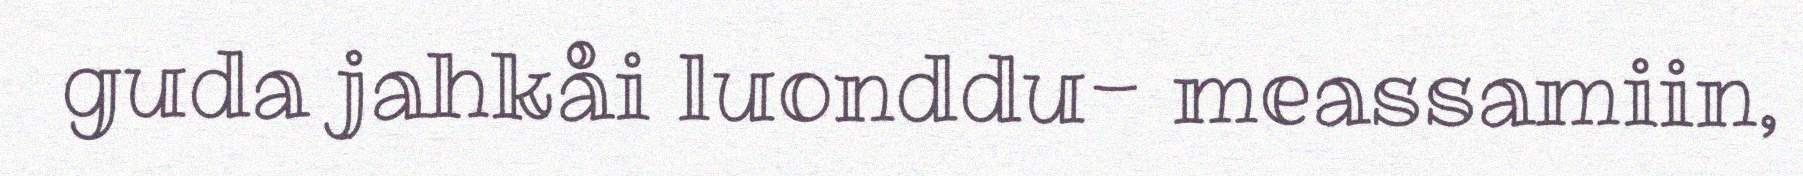
guda jahkåi luonddu- meassamiin,